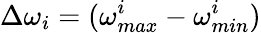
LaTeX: \Delta\omega_{i}=(\omega_{max}^{i}-\omega_{min}^{i})